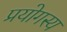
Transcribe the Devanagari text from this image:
प्रयोगस्य